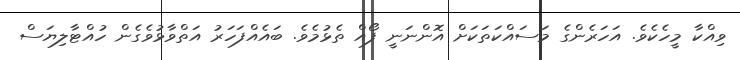
ވިއްކާ މީހެކެވެ. އަހަރެންގެ މަސައްކަތަކަށް އޮންނަނީ ފޯއް ތެޅުމެވެ. ބައެއްފަހަރު އަތްވާޅުވެގެން ހުއްޓާލިޔަސް